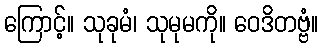
ကြောင့်။ သုခုမံ၊ သုမုမကို။ ဝေဒိတဗ္ဗံ။